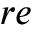
r e